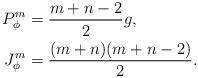
LaTeX: \begin{align*} P_\phi^m & = \frac{m+n-2}{2}g, \\ J_\phi^m & = \frac{(m+n)(m+n-2)}{2} . \end{align*}